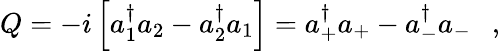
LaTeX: Q=-i\left[a_{1}^{\dagger}a_{2}-a_{2}^{\dagger}a_{1}\right]=a_{+}^{\dagger}a_{+}-a_{-}^{\dagger}a_{-}\ \ \ ,